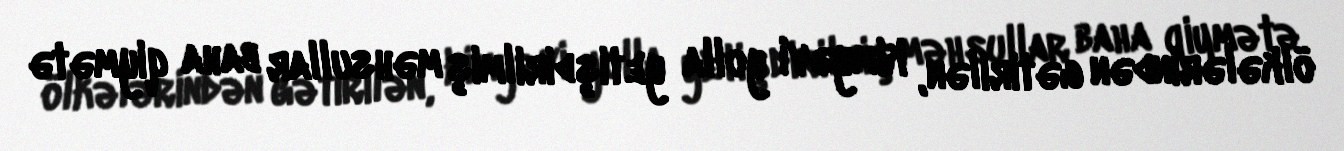
ölkələrindən gətirilən, kimyəvi yolla yetişdirilmiş məhsullar baha qiymətə